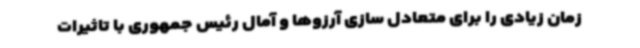
زمان زیادی را برای متعادل سازی آرزوها و آمال رئیس جمهوری با تاثیرات